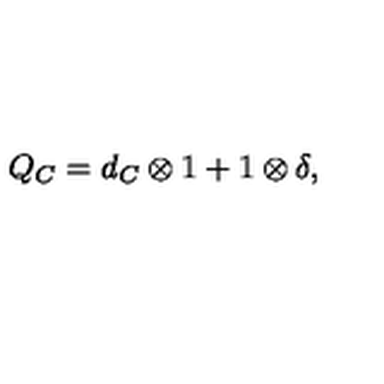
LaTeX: Q _ { C } = d _ { C } \otimes 1 + 1 \otimes \delta ,